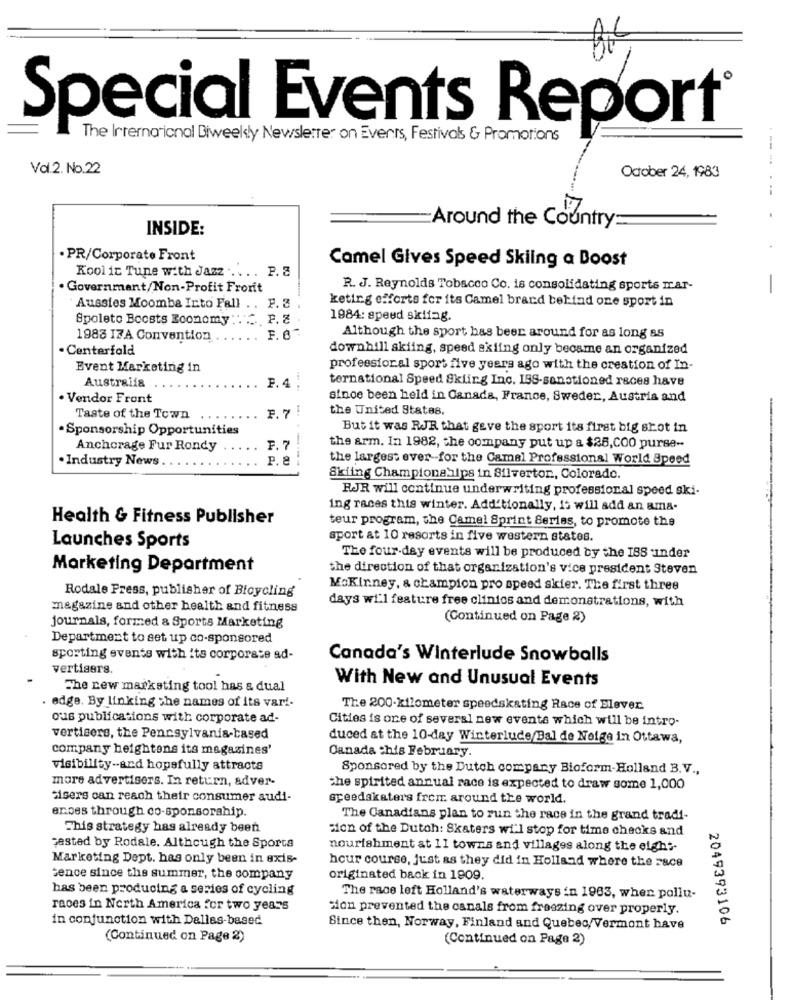
Special Events Report®
The International Biweekly Newsletter on Events, Festivals & Promotions
Vd.2. No.22
October 24, 1983
--...-
Around the Country:
INSIDE:
. PR/Corporate Front
Kool ic Tune with Jazz ... . . P. S
Camel Gives Speed Skiing a Boost
. Government/Non-Profit Frorit
R. J. Reynolds Tobacco Co. is consolidating sports mar-
keting efforts for its Camel brand behind one sport in
Aussies Moomba Into Fall . . F. 3
Spoleto Boosts Boonomy : . 2 P. Z
1984: speed skifag.
1983 IZA Convention
F. O
Although the sport has been around for as long as
· Centerfold
downhill skiing, speed skiing only became an organized
Event Marketing in
professional sport five years ago with the creation of In-
ternational Speed Skiing Inc. ISS-sanctioned races have
Australia
F.4
. Vendor Front
sinoe been held in Canada, France, Sweder, Austria and
the United States.
Taste of the Town
Sponsorship Opportunities
But it was RJR that geve the sport its first big shot in
Anchorage Fur Rondy
F. 7
the arm. In 1982, the company put up a $25,C00 purse --
. Industry News
P. e
-----
the largest ever-for the Camel Professional World Speed
Skiing Championships in Silverton ., Colorado.
RJR will continue underwriting professional speed ski-
ing races this winter. Add'tionally, it will add an ama-
Health & Fitness Publisher
teur program, the Camel Sprint Series, to promote the
sport at 10 resorts in five western states.
Launches Sports
The four-day events will be produced by the 188 :inder
Marketing Department
the direction of that organization's vice president Steven
Rodale Press, publisher of Bicycling
MoKinney, & champion pro speed skier. The first three
magazine and other health and fitness
days wi'l feature free clinics and demonstrations, with
(Continued on Page 2)
journals, formed & Sports Marketing
Department to set up co-sponsored
sporting events with its corporate ad-
Canada's Winterlude Snowballs
vertisers.
With New and Unusual Events
The new marketing tool has & dual
edge. By linking she names of its var !-
The 200-kilometer speedskating Race of Elever
ous publications with corporate ad-
Cities is one of several new events which will be intro-
vertisers, the Pennsylvania-based
duced at the 10-day Winterlude/Bal de Neige in Ottawa,
company heightons its magazines'
Canada this February.
visibility-and hopefully attracts
Sponsored by the Dutch company Bioform-Holland B.V .,
more advertisers. In return, adver-
the spirited annual race is expected to draw some 1,000
Misers can reach their consumer audi-
greedakaters from around the world.
ences through co-sponsorship.
The Canadians plan to run the race in the grand tradi-
This strategy has already been
sion of the Dutch: Skaters wi'l stop for time checks and
zested by Rodale. Although the Sports
nourishment at 11 towns and villages along the eight-
Marketing Dept. has only been in exis-
hour course, just as they did in Holland where the 28ce
cence since the summer, the company
originated back in 1909.
has been producing a series of cycling
The race left Holland's waterways in 1963, when pollu-
races in North America for two years
Hon prevented the canals from freezing over properly.
in conjunction with Dallas-based
2049393106
Since then, Norway, Finland and Quebec/Vermont have
(Continued on Page 2)
(Continued on Page 2)